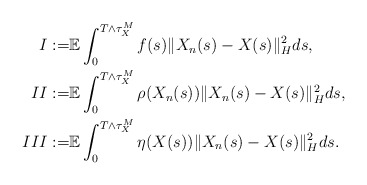
\begin{align*}I := & \mathbb{E} \int_0^{T\wedge\tau_{X}^M} f(s) \Vert X_n(s) - X(s) \Vert_H^2 ds ,\\II := & \mathbb{E} \int_0^{T\wedge\tau_{X}^M} \rho(X_n(s)) \Vert X_n(s) - X(s) \Vert_H^2 ds ,\\III := & \mathbb{E} \int_0^{T\wedge\tau_{X}^M} \eta(X(s)) \Vert X_n(s) - X(s) \Vert_H^2 ds .\end{align*}